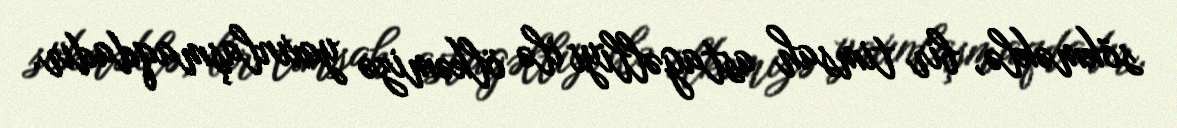
sökməklə, bir timsah astagəlliyi ilə ölkəmizə yaxınlaşmaqdadır.